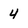
Character: 4